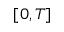
[ 0 , T ]